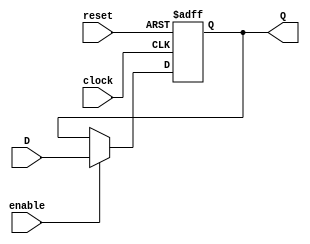
module register_result
    (
	 //Entradas
        input clock,reset,enable,
        input [8:0]D,
	 //Salidas
        output reg [8:0]Q
    );

//Se activa en el flanco positivo del clock o del reset
always @(posedge clock, posedge reset ) 
    begin
	 //En reset, resetear el valor de Q (puede ser las entradas B, A por ejemplo)
        if (reset) 
            Q <= {9'd0};
	 //Si se activo el always y fue por el clock
        else
		  //Si es enable, se pasa el valor al registro para poder ser utilizado en la ALU
            if (enable)
                Q <= D;
		 //Si no se apreto el boton de enable, el registro sigue teniendo el mismo valor de antes.
            else
                Q <= Q;
    end
endmodule